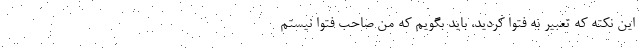
این نکته که تعبیر به فتوا کردید، باید بگویم که من صاحب فتوا نیستم